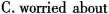
C.worried about